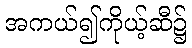
အကယ်၍ကိုယ့်ဆီ၌